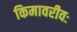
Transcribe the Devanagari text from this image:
किमावरीवः